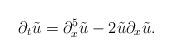
LaTeX: \begin{align*}\partial_{t}\tilde{u}=\partial_{x}^{5}\tilde{u}-2\tilde{u}\partial_{x}\tilde{u}.\end{align*}